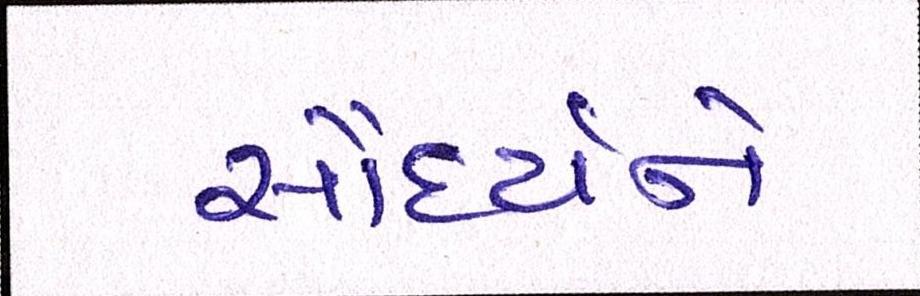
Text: સૌદર્યને